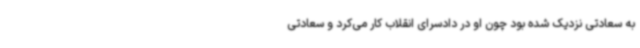
به سعادتی نزدیک شده بود چون او در دادسرای انقلاب کار می‌کرد و سعادتی